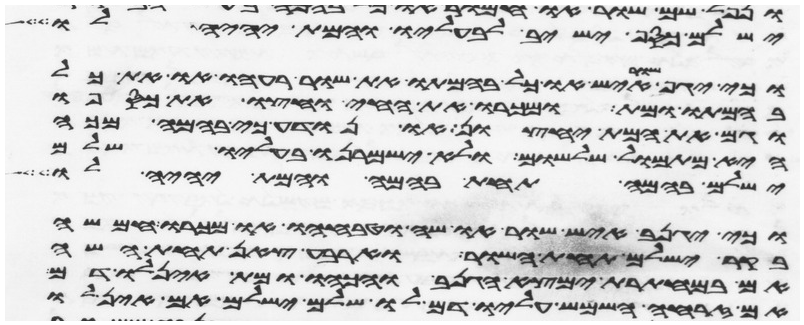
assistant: ישלם כסף ישיב לבעליו והמת יהיה לו
וכי יגף שור איש או כל בהמתו את שור רעהו או את כל
בהמתו ומת ומכרו את החי וחצו את כספו
וגם את המת יחצון או נודע כי בהמה מכה
היא מתמול שלשום ולא ישמרנו בעליו שלם
ישלם בהמה תחת בהמה והמת יהיה לו
וכי יגנב איש שור או שה וטבחו או מכרו חמשה
בקר ישלם תחת השור וארבע צאן תחת השה
אם במחתרת ימצא הגנב והכהו ומת אין לו דם
אם זרחה השמש עליו דם לו שלם ישלם אם אין לו